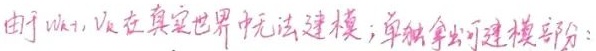
由于 \(v_{k + 1}, V_{k}\) 在真实世界中无法建模；单独拿出可建模部分：